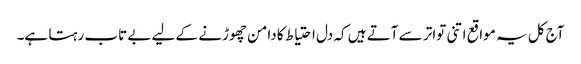
آج کل یہ مواقع اتنی تواتر سے آتے ہیں کہ دل احتیاط کا دامن چھوڑنے کے لیے بے تاب رہتا ہے۔